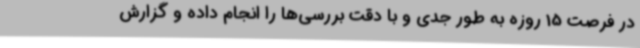
در فرصت 15 روزه به طور جدی و با دقت بررسی‌ها را انجام داده و گزارش